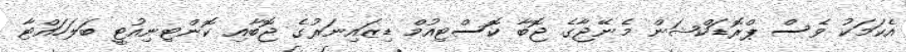
އެކަމަކު ވެސް ޕްރޮޑަކްޝަން މެނޭޖާގެ ޖޮބާ ކޮސްޓިއުމް ޑިޒައިނަރުގެ ޖޮބާއި ކޮންޓިނިއުޓީ ބަލަހައްޓާ